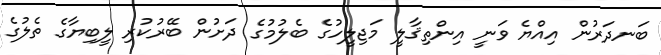
ބަނދަރުން އިއްޔެ ވަނީ އިންތިޤާލީ މަޖިލީހުގެ ބެލުމުގެ ދަށުން ބޭރުކުރި ލީބިޔާގެ ތެލުގެ